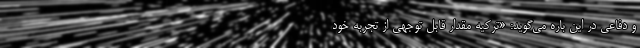
و دفاعی در این باره می‌گوید: «ترکیه مقدار قابل توجهی از تجربه خود